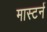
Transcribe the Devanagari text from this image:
मास्टर्न